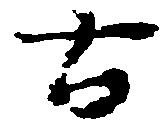
古